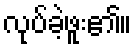
လုပ်ခဲ့ဖူး၏။